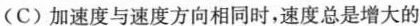
(C)加速度与速度方向相同时，速度总是增大的